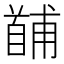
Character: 𩠤